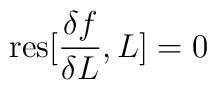
\mbox{res}[\frac{\delta f}{\delta L},L]=0